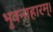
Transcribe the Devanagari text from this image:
भुवनाहारम्‌।